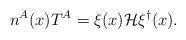
LaTeX: \begin{align*}n^A(x) T^A = \xi(x) {\cal H} \xi^\dagger(x) .\end{align*}